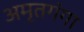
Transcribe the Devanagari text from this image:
अमृतगंगा